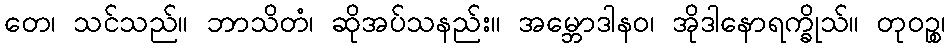
တေ၊ သင်သည်။ ဘာသိတံ၊ ဆိုအပ်သနည်း။ အမ္ဘောဒါနဝ၊ အိုဒါနောရက္ခိုသ်။ တုဝဉ္စ၊